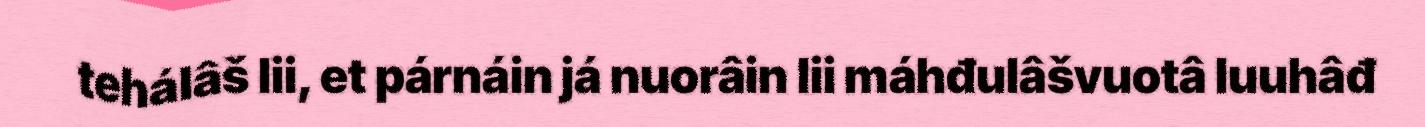
tehálâš lii, et párnáin já nuorâin lii máhđulâšvuotâ luuhâđ